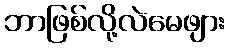
ဘာဖြစ်လို့လဲမေဖျား